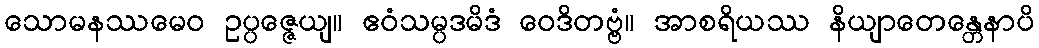
သောမနဿမေဝ ဥပ္ပဇ္ဇေယျ။ ဧဝံသမ္ပဒမိဒံ ဝေဒိတဗ္ဗံ။ အာစရိယဿ နိယျာတေန္တေနာပိ